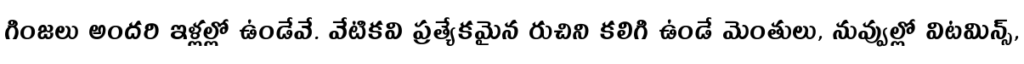
గింజలు అందరి ఇళ్లల్లో ఉండేవే. వేటికవి ప్రత్యేకమైన రుచిని కలిగి ఉండే మెంతులు, నువ్వుల్లో విటమిన్స్,